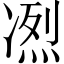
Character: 𠗹